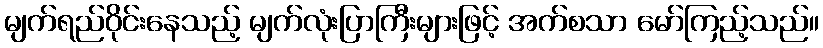
မျက်ရည်ဝိုင်းနေသည့် မျက်လုံးပြာကြီးများဖြင့် အက်စသာ မော်ကြည့်သည်။